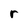
Character: r